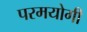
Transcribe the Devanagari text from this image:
परमयोगी